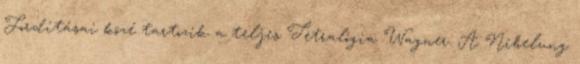
Fordításai közé tartozik a teljes Tetralógia Wagner: A Nibelung